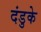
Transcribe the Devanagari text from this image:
दंडुके